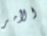
الأمر